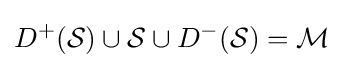
D^{+}({\mathcal {S}})\cup {\mathcal {S}}\cup D^{-}({\mathcal {S}})={\mathcal {M}}